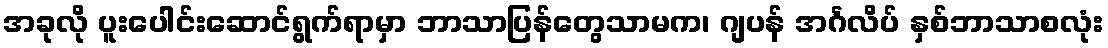
အခုလို ပူးပေါင်းဆောင်ရွက်ရာမှာ ဘာသာပြန်တွေသာမက၊ ဂျပန် အင်္ဂလိပ် နှစ်ဘာသာစလုံး